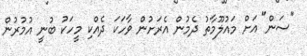
"ސަން" އަށް މައުލޫމާތު ދެމުން އެރަށުން ވާހަކަ ދެއްކި މީހަކު ބުނީ އުމުރުން